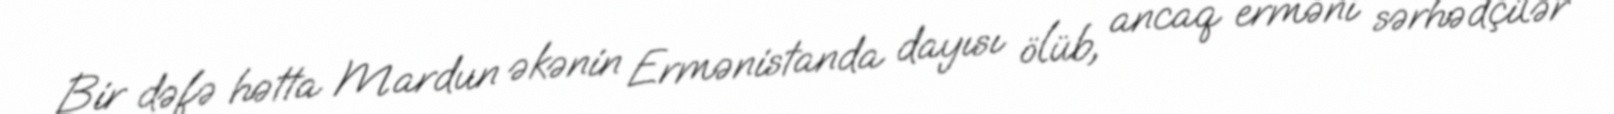
Bir dəfə hətta Mardun əkənin Ermənistanda dayısı ölüb, ancaq erməni sərhədçilər